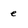
Character: e